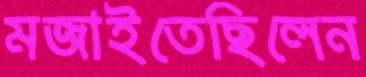
মজাইতেছিলেন